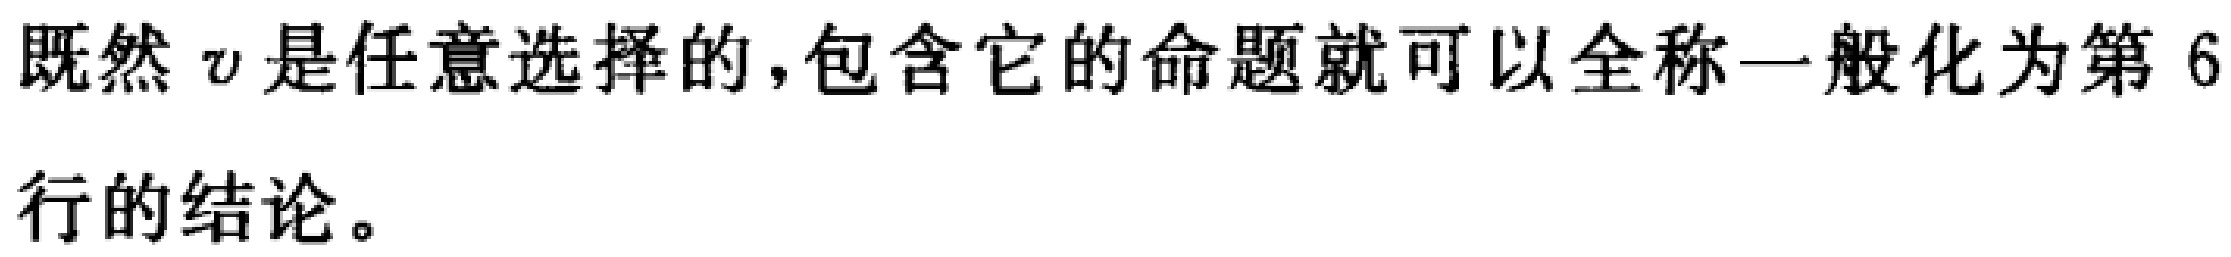
既然 \(v\) 是任意选择的，包含它的命题就可以全称一般化为第 6 行的结论。